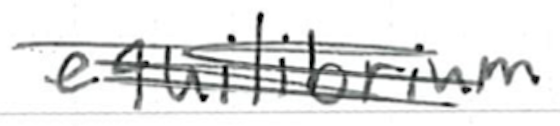
Text: equilibrium
Cross-out: mix
Writing tool: ballpoint